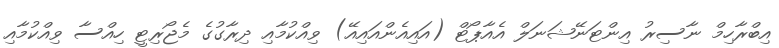
އިބްރާހިމް ނާސިރު އިންޓަނޭޝަނަލް އެއާޕޯޓް (އައިއެންއައިއޭ) ވިއްކުމާއި ދިރާގުގެ މެޖޯރިޓީ ހިއްސާ ވިއްކުމާއި